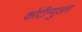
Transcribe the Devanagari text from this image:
कोंटीन्युअंस